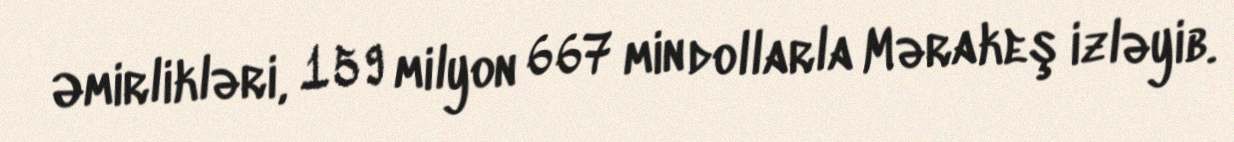
Əmirlikləri, 159 milyon 667 min dollarla Mərakeş izləyib.